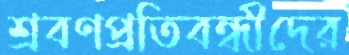
শ্রবণপ্রতিবন্ধীদের